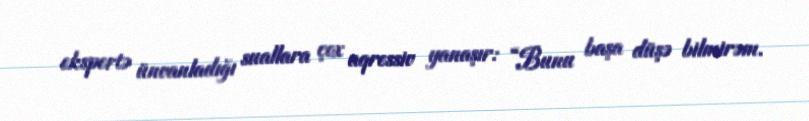
ekspertə ünvanladığı suallara çox aqressiv yanaşır: “Bunu başa düşə bilmirəm.